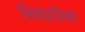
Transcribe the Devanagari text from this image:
लिथोग्राफ़िका